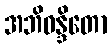
အဘိဝန္ဒိတော